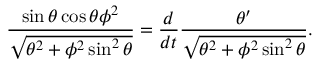
{ \frac { \sin \theta \cos \theta \phi ^ { 2 } } { \sqrt { \theta ^ { 2 } + \phi ^ { 2 } \sin ^ { 2 } \theta } } } = { \frac { d } { d t } } { \frac { \theta ^ { \prime } } { \sqrt { \theta ^ { 2 } + \phi ^ { 2 } \sin ^ { 2 } \theta } } } .